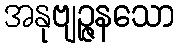
အနုဗျဉ္ဇနသော